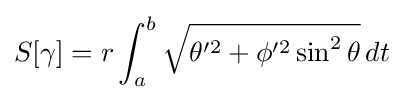
S[\gamma ]=r\int _{a}^{b}{\sqrt {\theta '^{2}+\phi '^{2}\sin ^{2}\theta }}\,dt